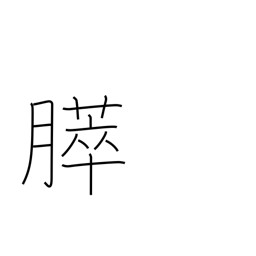
Meaning: pancreas